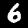
Digit: 6